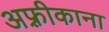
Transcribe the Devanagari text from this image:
अफ़्रीकाना